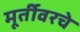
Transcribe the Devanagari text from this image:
मूर्तीवरचे